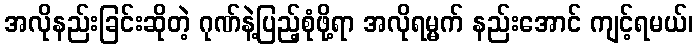
အလိုနည်းခြင်းဆိုတဲ့ ဂုဏ်နဲ့ပြည့်စုံဖို့ရာ အလိုရမ္မက် နည်းအောင် ကျင့်ရမယ်၊